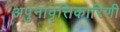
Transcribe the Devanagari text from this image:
अपुनावृत्तिकारिणी